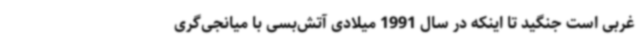
غربی است جنگید تا اینکه در سال 1991 میلادی آتش‌بسی با میانجی‌گری